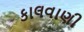
કાલવાણી